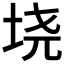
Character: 𫭪